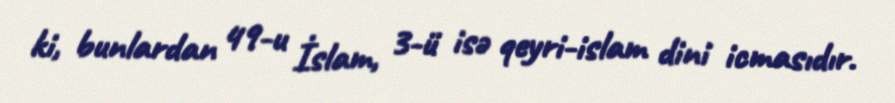
ki, bunlardan 49-u İslam, 3-ü isə qeyri-islam dini icmasıdır.